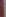
-